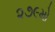
૨૭૯મો